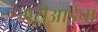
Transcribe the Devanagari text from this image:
मरीआईचा